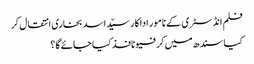
فلم انڈسٹری کے نامور اداکار سیّد اسد بخاری انتقال کر
کیا سندھ میں کرفیو نافذ کیا جائے گا؟